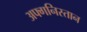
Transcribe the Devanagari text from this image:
अफ्गनिस्तान